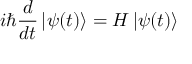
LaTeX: i \hbar { \frac { d } { d t } } \left| \psi ( t ) \right\rangle = H \left| \psi ( t ) \right\rangle